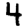
Digit: 4